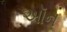
ઑન